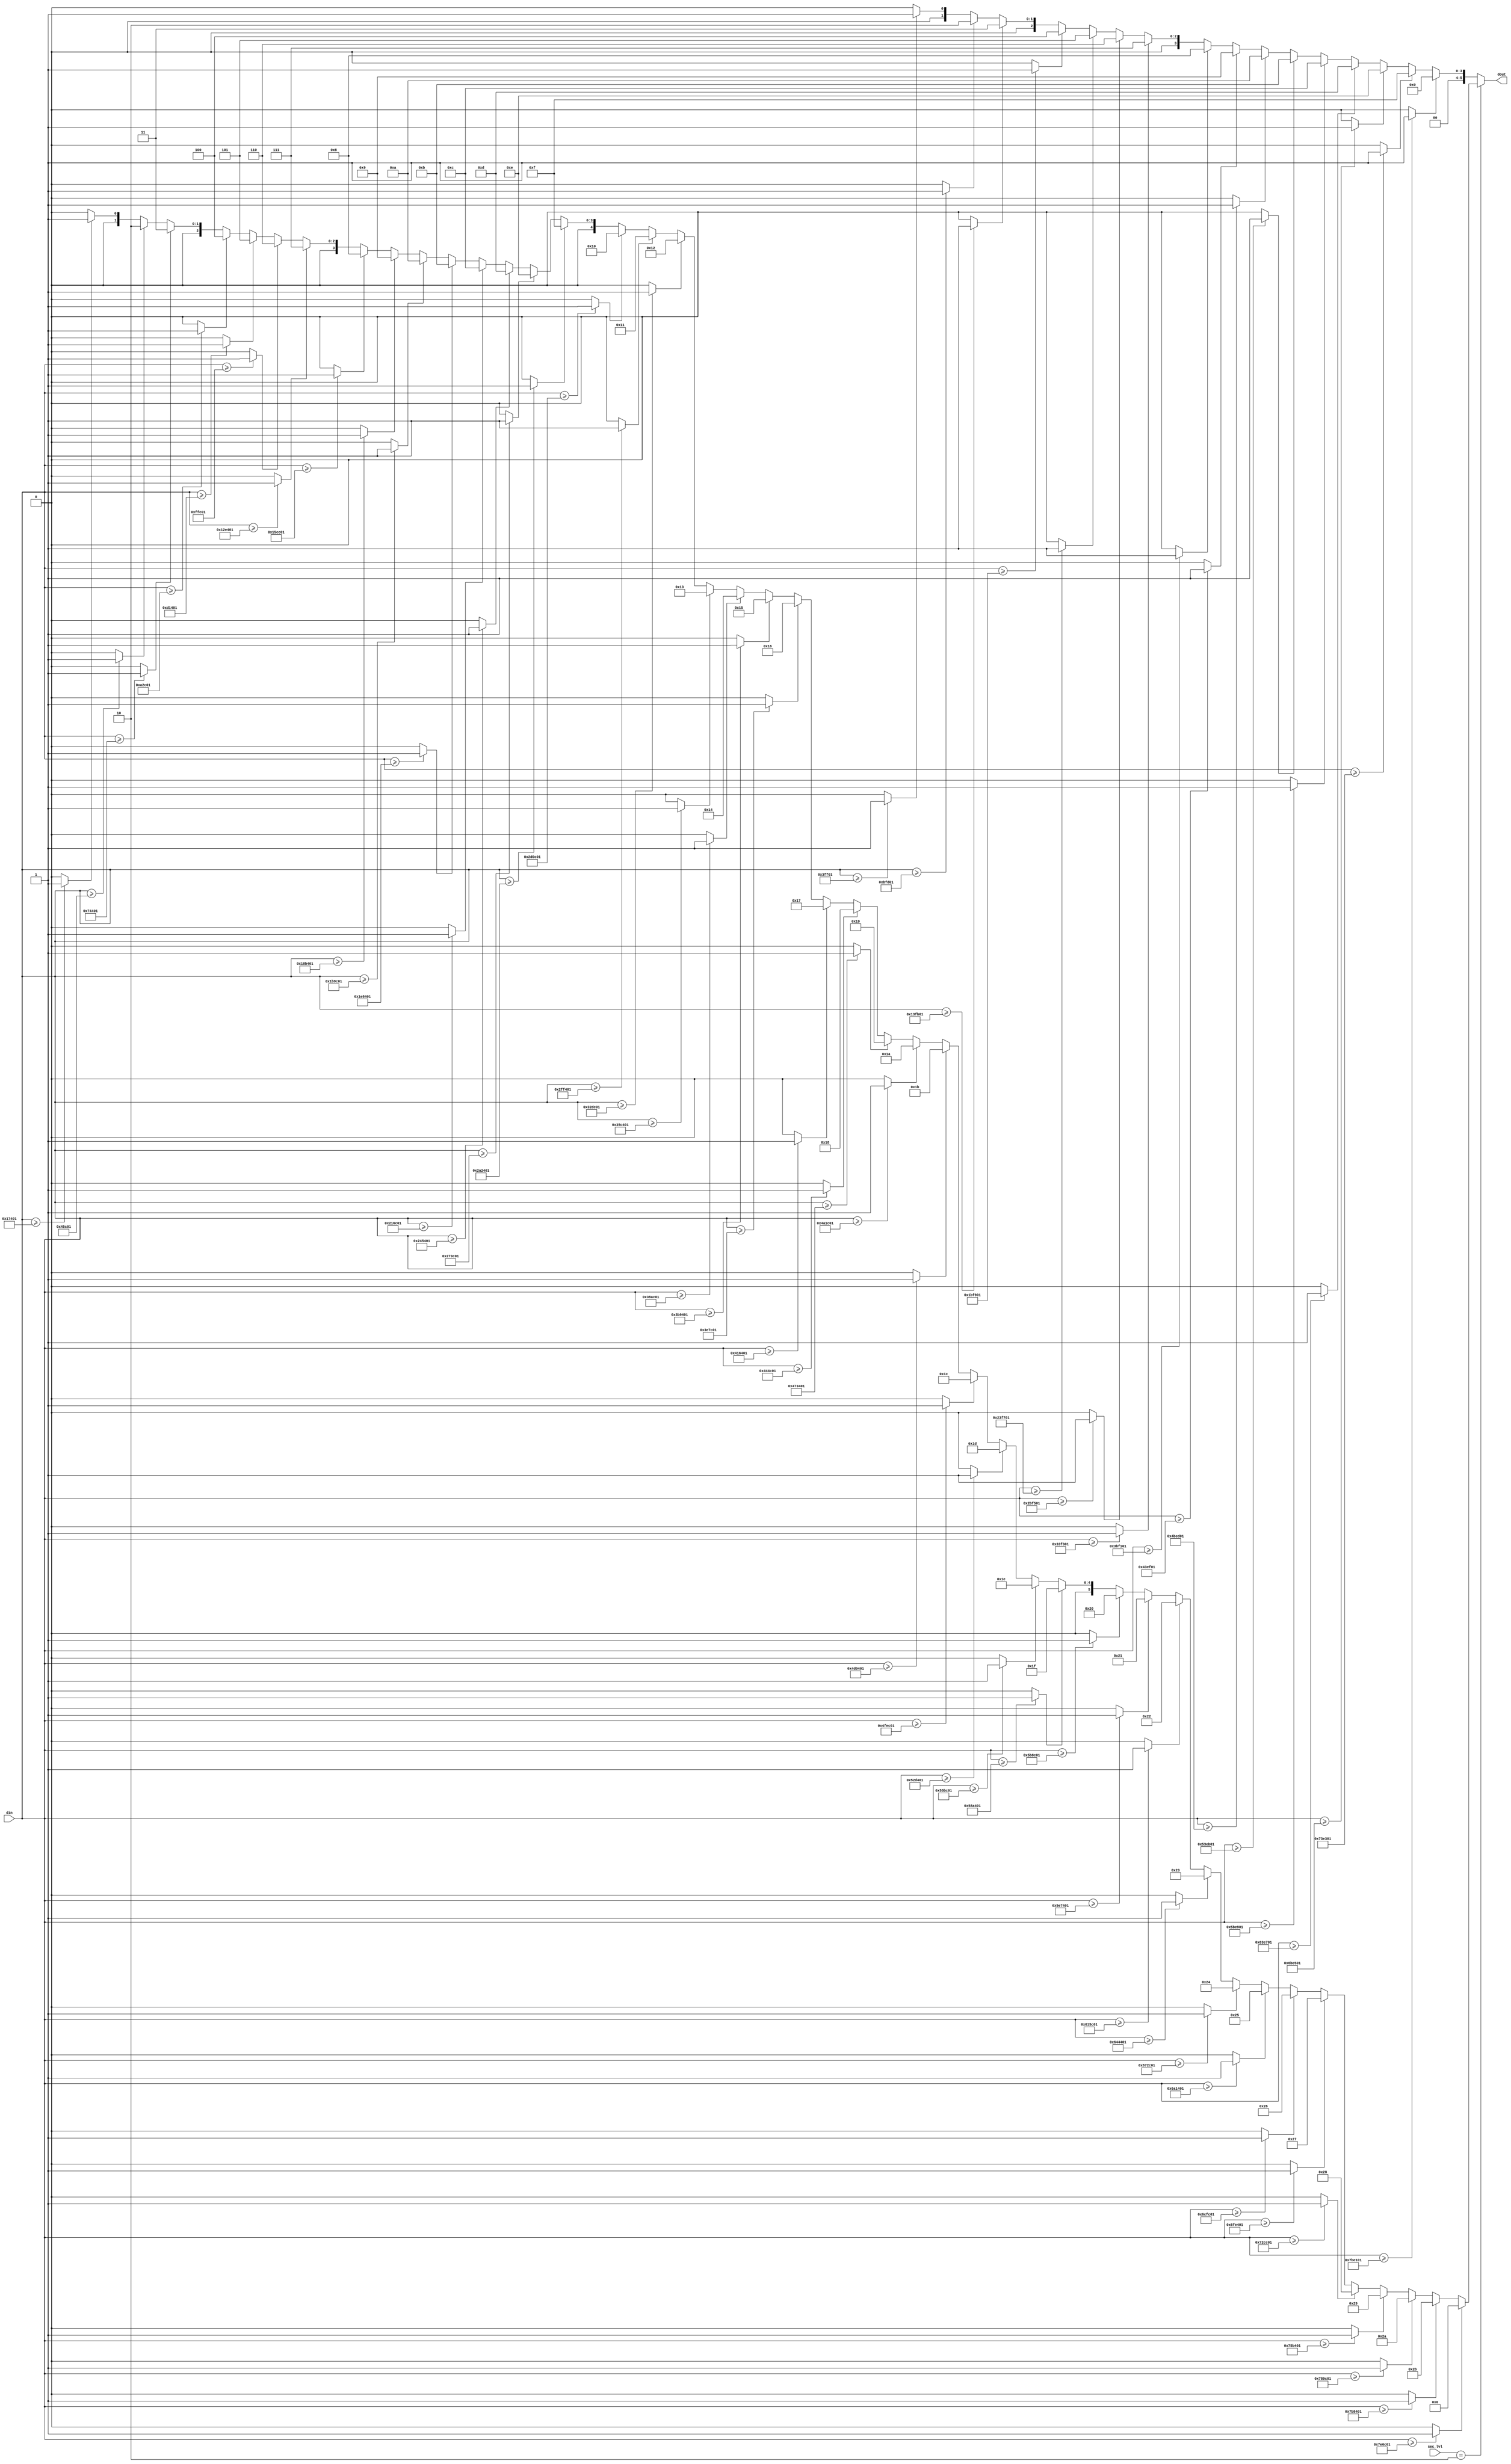
/*
 * From our research paper "High-Performance Hardware Implementation of CRYSTALS-Dilithium"
 * by Luke Beckwith, Duc Tri Nguyen, Kris Gaj
 * at George Mason University, USA
 * https://eprint.iacr.org/2021/1451.pdf
 * =============================================================================
 * Copyright (c) 2021 by Cryptographic Engineering Research Group (CERG)
 * ECE Department, George Mason University
 * Fairfax, VA, U.S.A.
 * Licensed under the Apache License, Version 2.0 (the "License");
 * you may not use this file except in compliance with the License.
 * You may obtain a copy of the License at
 *     http://www.apache.org/licenses/LICENSE-2.0
 * Unless required by applicable law or agreed to in writing, software
 * distributed under the License is distributed on an "AS IS" BASIS,
 * WITHOUT WARRANTIES OR CONDITIONS OF ANY KIND, either express or implied.
 * See the License for the specific language governing permissions and
 * limitations under the License.
 * =============================================================================
 * @author   Luke Beckwith <lbeckwit@gmu.edu>
 */


`timescale 1ns / 1ps

module decomp_map1(
    input [2:0] sec_lvl,
    input [22:0]     din,
    output reg [5:0] dout
    );
    
    reg [16:0] dout_32;
    reg [44:0] dout_88;

    always @(*) begin
        dout_32[0] = 1;

        dout_32[1] = (din >= 23'd261889) ? 1 : 0;
        dout_32[2] = (din >= 23'd785665) ? 1 : 0;
        dout_32[3] = (din >= 23'd1309441) ? 1 : 0;
        dout_32[4] = (din >= 23'd1833217) ? 1 : 0;
        dout_32[5] = (din >= 23'd2356993) ? 1 : 0;
        dout_32[6] = (din >= 23'd2880769) ? 1 : 0;
        dout_32[7] = (din >= 23'd3404545) ? 1 : 0;
        dout_32[8] = (din >= 23'd3928321) ? 1 : 0;
        dout_32[9] = (din >= 23'd4452097) ? 1 : 0;
        dout_32[10] = (din >= 23'd4975873) ? 1 : 0;
        dout_32[11] = (din >= 23'd5499649) ? 1 : 0;
        dout_32[12] = (din >= 23'd6023425) ? 1 : 0;
        dout_32[13] = (din >= 23'd6547201) ? 1 : 0;
        dout_32[14] = (din >= 23'd7070977) ? 1 : 0;
        dout_32[15] = (din >= 23'd7594753) ? 1 : 0;
        dout_32[16] = (din >= 23'd8118529) ? 1 : 0;

        dout_88[0] = 1;
        dout_88[1] = (din >= 23'd95233) ? 1 : 0;
        dout_88[2] = (din >= 23'd285697) ? 1 : 0;
        dout_88[3] = (din >= 23'd476161) ? 1 : 0;
        dout_88[4] = (din >= 23'd666625) ? 1 : 0;
        dout_88[5] = (din >= 23'd857089) ? 1 : 0;
        dout_88[6] = (din >= 23'd1047553) ? 1 : 0;
        dout_88[7] = (din >= 23'd1238017) ? 1 : 0;
        dout_88[8] = (din >= 23'd1428481) ? 1 : 0;
        dout_88[9] = (din >= 23'd1618945) ? 1 : 0;
        dout_88[10] = (din >= 23'd1809409) ? 1 : 0;
        dout_88[11] = (din >= 23'd1999873) ? 1 : 0;
        dout_88[12] = (din >= 23'd2190337) ? 1 : 0;
        dout_88[13] = (din >= 23'd2380801) ? 1 : 0;
        dout_88[14] = (din >= 23'd2571265) ? 1 : 0;
        dout_88[15] = (din >= 23'd2761729) ? 1 : 0;
        dout_88[16] = (din >= 23'd2952193) ? 1 : 0;
        dout_88[17] = (din >= 23'd3142657) ? 1 : 0;
        dout_88[18] = (din >= 23'd3333121) ? 1 : 0;
        dout_88[19] = (din >= 23'd3523585) ? 1 : 0;
        dout_88[20] = (din >= 23'd3714049) ? 1 : 0;
        dout_88[21] = (din >= 23'd3904513) ? 1 : 0;
        dout_88[22] = (din >= 23'd4094977) ? 1 : 0;
        dout_88[23] = (din >= 23'd4285441) ? 1 : 0;
        dout_88[24] = (din >= 23'd4475905) ? 1 : 0;
        dout_88[25] = (din >= 23'd4666369) ? 1 : 0;
        dout_88[26] = (din >= 23'd4856833) ? 1 : 0;
        dout_88[27] = (din >= 23'd5047297) ? 1 : 0;
        dout_88[28] = (din >= 23'd5237761) ? 1 : 0;
        dout_88[29] = (din >= 23'd5428225) ? 1 : 0;
        dout_88[30] = (din >= 23'd5618689) ? 1 : 0;
        dout_88[31] = (din >= 23'd5809153) ? 1 : 0;
        dout_88[32] = (din >= 23'd5999617) ? 1 : 0;
        dout_88[33] = (din >= 23'd6190081) ? 1 : 0;
        dout_88[34] = (din >= 23'd6380545) ? 1 : 0;
        dout_88[35] = (din >= 23'd6571009) ? 1 : 0;
        dout_88[36] = (din >= 23'd6761473) ? 1 : 0;
        dout_88[37] = (din >= 23'd6951937) ? 1 : 0;
        dout_88[38] = (din >= 23'd7142401) ? 1 : 0;
        dout_88[39] = (din >= 23'd7332865) ? 1 : 0;
        dout_88[40] = (din >= 23'd7523329) ? 1 : 0;
        dout_88[41] = (din >= 23'd7713793) ? 1 : 0;
        dout_88[42] = (din >= 23'd7904257) ? 1 : 0;
        dout_88[43] = (din >= 23'd8094721) ? 1 : 0;
        dout_88[44] = (din >= 23'd8285185) ? 1 : 0;

        dout = 0;
        if (sec_lvl == 2) begin
            case(1'b1)
            dout_88[44]: dout = 0;
            dout_88[43]: dout = 43;
            dout_88[42]: dout = 42;
            dout_88[41]: dout = 41;
            dout_88[40]: dout = 40;
            dout_88[39]: dout = 39;
            dout_88[38]: dout = 38;
            dout_88[37]: dout = 37;
            dout_88[36]: dout = 36;
            dout_88[35]: dout = 35;
            dout_88[34]: dout = 34;
            dout_88[33]: dout = 33;
            dout_88[32]: dout = 32;
            dout_88[31]: dout = 31;
            dout_88[30]: dout = 30;
            dout_88[29]: dout = 29;
            dout_88[28]: dout = 28;
            dout_88[27]: dout = 27;
            dout_88[26]: dout = 26;
            dout_88[25]: dout = 25;
            dout_88[24]: dout = 24;
            dout_88[23]: dout = 23;
            dout_88[22]: dout = 22;
            dout_88[21]: dout = 21;
            dout_88[20]: dout = 20;
            dout_88[19]: dout = 19;
            dout_88[18]: dout = 18;
            dout_88[17]: dout = 17;
            dout_88[16]: dout = 16;
            dout_88[15]: dout = 15;
            dout_88[14]: dout = 14;
            dout_88[13]: dout = 13;
            dout_88[12]: dout = 12;
            dout_88[11]: dout = 11;
            dout_88[10]: dout = 10;
            dout_88[9]: dout = 9;
            dout_88[8]: dout = 8;
            dout_88[7]: dout = 7;
            dout_88[6]: dout = 6;
            dout_88[5]: dout = 5;
            dout_88[4]: dout = 4;
            dout_88[3]: dout = 3;
            dout_88[2]: dout = 2;
            dout_88[1]: dout = 1;
            dout_88[0]: dout = 0;
            endcase
        end else begin
            case(1'b1)
            dout_32[16]: dout = 0;
            dout_32[15]: dout = 15;
            dout_32[14]: dout = 14;
            dout_32[13]: dout = 13;
            dout_32[12]: dout = 12;
            dout_32[11]: dout = 11;
            dout_32[10]: dout = 10;
            dout_32[9]: dout = 9;
            dout_32[8]: dout = 8;
            dout_32[7]: dout = 7;
            dout_32[6]: dout = 6;
            dout_32[5]: dout = 5;
            dout_32[4]: dout = 4;
            dout_32[3]: dout = 3;
            dout_32[2]: dout = 2;
            dout_32[1]: dout = 1;
            dout_32[0]: dout = 0;
            endcase
        end

    end
endmodule